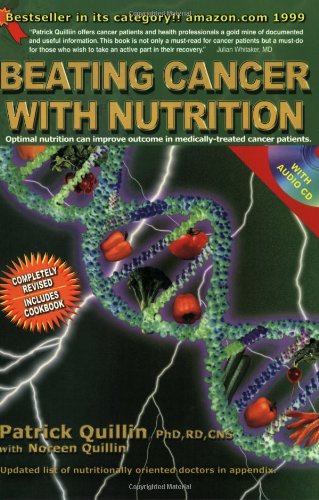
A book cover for Beating Cancer with Nutrition, book with CD; Patrick Quillin; Health, Fitness & Dieting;